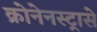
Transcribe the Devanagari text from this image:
क्रोनेनस्ट्रासे